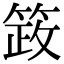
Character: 䈣